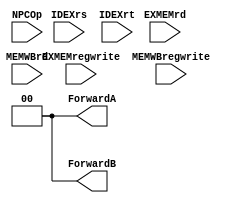
module bypassunit (
	EXMEMrd, IDEXrs, IDEXrt, MEMWBrd, EXMEMregwrite, MEMWBregwrite, NPCOp, 
	ForwardA, ForwardB
);

    input       [4:0]   EXMEMrd;       // EX/MEM.RegisterRd
    input       [4:0]   IDEXrs;        // ID/EX.RegisterRs
    input       [4:0]   IDEXrt;        // ID/EX.RegisterRt
    input       [4:0]   MEMWBrd;       // MEM/WB.RegisterRd
    input               EXMEMregwrite; // EX/MEM.RegWrite
    input               MEMWBregwrite; // MEMWBregwrite
    input       [1:0]   NPCOp;

    output reg  [1:0]   ForwardA; 
    output reg  [1:0]   ForwardB;

    always @(*) begin
	    ForwardA = 2'b0;
            ForwardB = 2'b0;
	    if (EXMEMregwrite & (EXMEMrd[0] | EXMEMrd[1] | EXMEMrd[2] | EXMEMrd[3] | EXMEMrd[4])) begin
		    if (EXMEMrd == IDEXrs) begin
			    ForwardA <= 2'b10;
		    end
		    if (EXMEMrd == IDEXrt) begin
			    ForwardB <= 2'b10;
		    end
	    end
	    if (MEMWBregwrite & (EXMEMrd[0] | EXMEMrd[1] | EXMEMrd[2] | EXMEMrd[3] | EXMEMrd[4])) begin
		    if (EXMEMrd != IDEXrs && MEMWBrd == IDEXrs) begin
			    ForwardA <= 2'b01;
		    end
		    if (EXMEMrd != IDEXrt && MEMWBrd == IDEXrt) begin
			    ForwardB <= 2'b01;
		    end
	    end
	
	    if (NPCOp[0] | NPCOp[1]) begin
		    ForwardA = 2'b0;
		    ForwardB = 2'b0;
            end
    end


endmodule